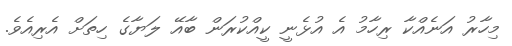
މިހާރު އަނެއްކާ ރިހާމު އެ އުޅެނީ ކީއްކުރަން ބާއޭ ލަޔާގެ ހިތަށް އެރިއެވެ.